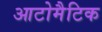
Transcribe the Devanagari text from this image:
आटोमैटिक